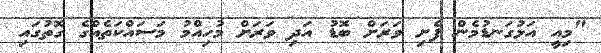
"މިއީ އަޅުގަނޑުމެން ފެށި ވަރަށް ބޮޑު އަދި ވަރަށް މުހިއްމު މަސައްކަތެއްގެ ގޮތުގައި